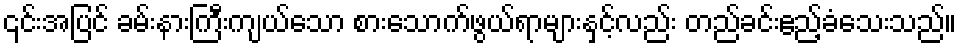
၎င်းအပြင် ခမ်းနားကြီးကျယ်သော စားသောက်ဖွယ်ရာများနှင့်လည်း တည်ခင်းဧည့်ခံသေးသည်။